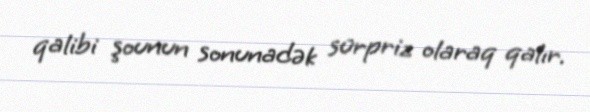
qalibi şounun sonunadək sürpriz olaraq qalır.